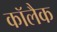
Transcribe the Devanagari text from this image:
कॉलैक